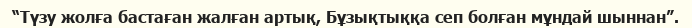
“Түзу жолға бастаған жалған артық, Бұзықтыққа сеп болған мұндай шыннан”.